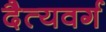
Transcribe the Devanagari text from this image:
दैत्यवर्ग